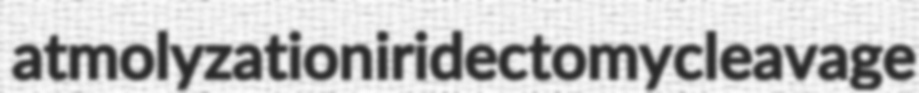
atmolyzation iridectomy cleavage